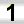
Digit: 1